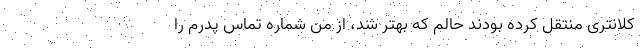
کلانتری منتقل کرده بودند حالم که بهتر شد، از من شماره تماس پدرم را